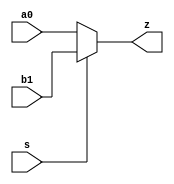
module multiplexer
(
	input [15:0] a0,
	input [15:0] b1,
	input s,
	output [15:0] z
);

	assign z = oz(a0, b1, s);

	function [15:0] oz
	(
		input [15:0] ia0,
		input [15:0] ib1,
		input is
	);
		begin 
			if(is == 1'b0) begin
				oz = ia0;
			end
			else begin
				oz = ib1;
			end
		end
	endfunction
  
endmodule